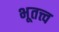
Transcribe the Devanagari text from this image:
भूतत्त्व